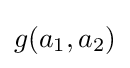
g(a_{1},a_{2})